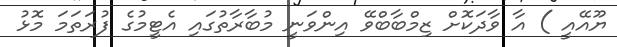
ޔޫއޭއީ ) އާ ވާދަކޮށް ޒިމްބާބްވޭ އިންވަނީ މުބާރާތުގައި އެޓީމުގެ ފުރަތަމަ މޮޅު